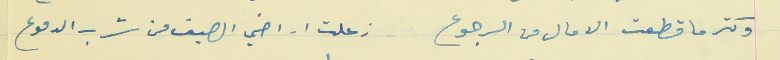
وكتر ما قطعت الامال من الرجوع                                  زعلت اراضي الصيف من شرب الدموع